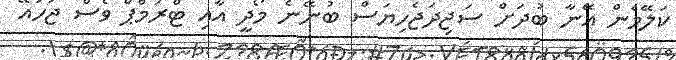
ކަލޭމެން އޭނާ ބުދަށް ސަޖިދަޖެހިޔަސް ބުނޭނެ މޯދީ އާއި ޓްރަމްޕް ވެސް ޖަހައޭ